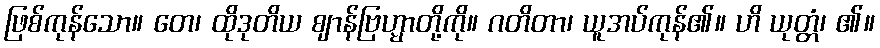
ဖြစ်ကုန်သော။ တေ၊ ထိုဒုတိယ ဈာန်ဗြဟ္မာတို့ကို။ ဂတိတာ၊ ယူအပ်ကုန်၏။ ဟိ ယုတ္တံ၊ ၏။